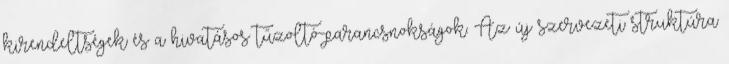
kirendeltségek és a hivatásos tűzoltó-parancsnokságok. Az új szervezeti struktúra